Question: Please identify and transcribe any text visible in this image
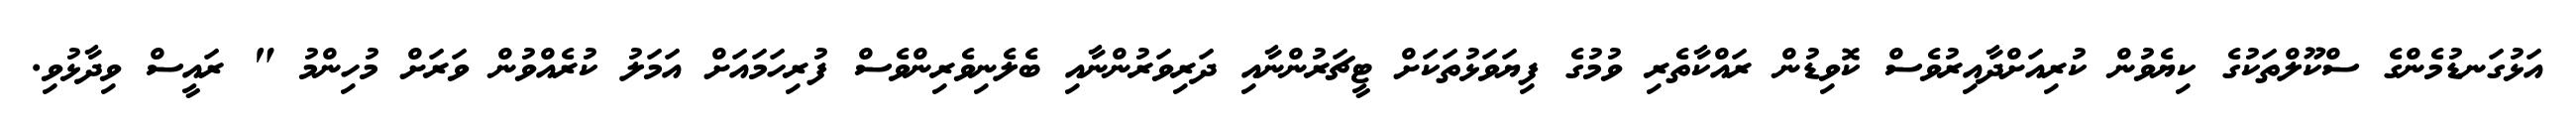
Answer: އަޅުގަނޑުމެންގެ ސްކޫލްތަކުގެ ކިޔެވުން ކުރިއަށްދާއިރުވެސް ކޮވިޑުން ރައްކާތެރި ވުމުގެ ފިޔަވަޅުތަކަށް ޓީޗަރުންނާއި ދަރިވަރުންނާއި ބެލެނިވެރިންވެސް ފުރިހަމައަށް އަމަލު ކުރެއްވުން ވަރަށް މުހިންމު " ރައީސް ވިދާޅުވި.